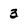
Character: 3